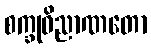
စက္ခုဝိညာဏတော